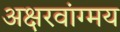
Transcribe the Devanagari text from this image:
अक्षरवांग्मय